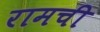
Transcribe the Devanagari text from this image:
रामची